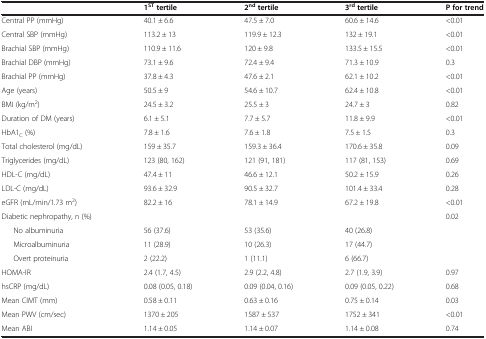
<table><thead><tr><td><b> </b></td><td><b>1<sup>ST </sup>tertile</b></td><td><b>2<sup>nd </sup>tertile</b></td><td><b>3<sup>rd </sup>tertile</b></td><td><b>P for trend</b></td></tr></thead><tbody><tr><td>Central PP (mmHg)</td><td>40.1 ± 6.6</td><td>47.5 ± 7.0</td><td>60.6 ± 14.6</td><td>&lt;0.01</td></tr><tr><td>Central SBP (mmHg)</td><td>113.2 ± 13</td><td>119.9 ± 12.3</td><td>132 ± 19.1</td><td>&lt;0.01</td></tr><tr><td>Brachial SBP (mmHg)</td><td>110.9 ± 11.6</td><td>120 ± 9.8</td><td>133.5 ± 15.5</td><td>&lt;0.01</td></tr><tr><td>Brachial DBP (mmHg)</td><td>73.1 ± 9.6</td><td>72.4 ± 9.4</td><td>71.3 ± 10.9</td><td>0.3</td></tr><tr><td>Brachial PP (mmHg)</td><td>37.8 ± 4.3</td><td>47.6 ± 2.1</td><td>62.1 ± 10.2</td><td>&lt;0.01</td></tr><tr><td>Age (years)</td><td>50.5 ± 9</td><td>54.6 ± 10.7</td><td>62.4 ± 10.8</td><td>&lt;0.01</td></tr><tr><td>BMI (kg/m<sup>2</sup>)</td><td>24.5 ± 3.2</td><td>25.5 ± 3</td><td>24.7 ± 3</td><td>0.82</td></tr><tr><td>Duration of DM (years)</td><td>6.1 ± 5.1</td><td>7.7 ± 5.7</td><td>11.8 ± 9.9</td><td>&lt;0.01</td></tr><tr><td>HbA1<sub>C</sub> (%)</td><td>7.8 ± 1.6</td><td>7.6 ± 1.8</td><td>7.5 ± 1.5</td><td>0.3</td></tr><tr><td>Total cholesterol (mg/dL)</td><td>159 ± 35.7</td><td>159.3 ± 36.4</td><td>170.6 ± 35.8</td><td>0.09</td></tr><tr><td>Triglycerides (mg/dL)</td><td>123 (80, 162)</td><td>121 (91, 181)</td><td>117 (81, 153)</td><td>0.69</td></tr><tr><td>HDL-C (mg/dL)</td><td>47.4 ± 11</td><td>46.6 ± 12.1</td><td>50.2 ± 15.9</td><td>0.26</td></tr><tr><td>LDL-C (mg/dL)</td><td>93.6 ± 32.9</td><td>90.5 ± 32.7</td><td>101.4 ± 33.4</td><td>0.28</td></tr><tr><td>eGFR (mL/min/1.73 m<sup>2</sup>)</td><td>82.2 ± 16</td><td>78.1 ± 14.9</td><td>67.2 ± 19.8</td><td>&lt;0.01</td></tr><tr><td>Diabetic nephropathy, n (%)</td><td> </td><td> </td><td> </td><td>0.02</td></tr><tr><td>No albuminuria</td><td>56 (37.6)</td><td>53 (35.6)</td><td>40 (26.8)</td><td> </td></tr><tr><td>Microalbuminuria</td><td>11 (28.9)</td><td>10 (26.3)</td><td>17 (44.7)</td><td> </td></tr><tr><td>Overt proteinuria</td><td>2 (22.2)</td><td>1 (11.1)</td><td>6 (66.7)</td><td> </td></tr><tr><td>HOMA-IR</td><td>2.4 (1.7, 4.5)</td><td>2.9 (2.2, 4.8)</td><td>2.7 (1.9, 3.9)</td><td>0.97</td></tr><tr><td>hsCRP (mg/dL)</td><td>0.08 (0.05, 0.18)</td><td>0.09 (0.04, 0.16)</td><td>0.09 (0.05, 0.22)</td><td>0.68</td></tr><tr><td>Mean CIMT (mm)</td><td>0.58 ± 0.11</td><td>0.63 ± 0.16</td><td>0.75 ± 0.14</td><td>0.03</td></tr><tr><td>Mean PWV (cm/sec)</td><td>1370 ± 205</td><td>1587 ± 537</td><td>1752 ± 341</td><td>&lt;0.01</td></tr><tr><td>Mean ABI</td><td>1.14 ± 0.05</td><td>1.14 ± 0.07</td><td>1.14 ± 0.08</td><td>0.74</td></tr></tbody></table>